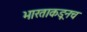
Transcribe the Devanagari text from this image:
भारताकडूनच